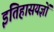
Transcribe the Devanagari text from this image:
इतिहासयज्ञों